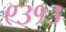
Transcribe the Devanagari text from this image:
९३१३